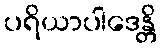
ပရိယာပါဒေန္တိ